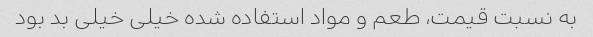
به نسبت قیمت، طعم و مواد استفاده شده خیلی خیلی بد بود